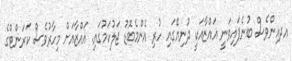
އދއިންވެސް ބުނެފައިވަނީ ޣައްޒާއަކީ ދުނިޔޭގައި ހުރި އެންމެބޮޑު ޖަލުކަމުގައި. ޣައްޒާއަށް މިހާރުވެސް ކަރަންޓްގެ